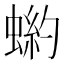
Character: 𧎒